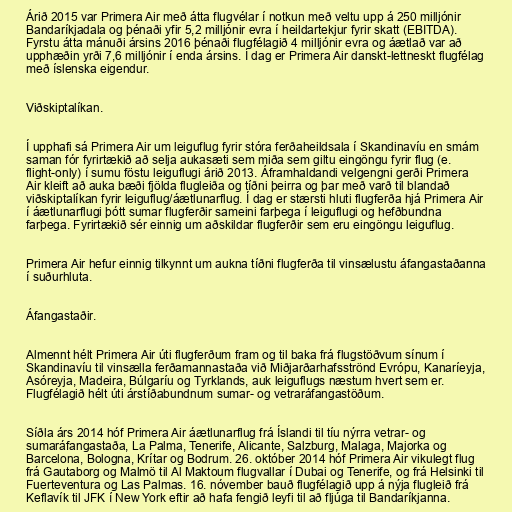
Árið 2015 var Primera Air með átta flugvélar í notkun með veltu upp á 250 milljónir
Bandaríkjadala og þénaði yfir 5,2 milljónir evra í heildartekjur fyrir skatt (EBITDA).
Fyrstu átta mánuði ársins 2016 þénaði flugfélagið 4 milljónir evra og áætlað var að
upphæðin yrði 7,6 milljónir í enda ársins. Í dag er Primera Air danskt-lettneskt flugfélag
með íslenska eigendur.

Viðskiptalíkan.

Í upphafi sá Primera Air um leiguflug fyrir stóra ferðaheildsala í Skandinavíu en smám
saman fór fyrirtækið að selja aukasæti sem miða sem giltu eingöngu fyrir flug (e.
flight-only) í sumu föstu leiguflugi árið 2013. Áframhaldandi velgengni gerði Primera
Air kleift að auka bæði fjölda flugleiða og tíðni þeirra og þar með varð til blandað
viðskiptalíkan fyrir leiguflug/áætlunarflug. Í dag er stærsti hluti flugferða hjá Primera Air
í áætlunarflugi þótt sumar flugferðir sameini farþega í leiguflugi og hefðbundna
farþega. Fyrirtækið sér einnig um aðskildar flugferðir sem eru eingöngu leiguflug.

Primera Air hefur einnig tilkynnt um aukna tíðni flugferða til vinsælustu áfangastaðanna
í suðurhluta.

Áfangastaðir.

Almennt hélt Primera Air úti flugferðum fram og til baka frá flugstöðvum sínum í
Skandinavíu til vinsælla ferðamannastaða við Miðjarðarhafsströnd Evrópu, Kanaríeyja,
Asóreyja, Madeira, Búlgaríu og Tyrklands, auk leiguflugs næstum hvert sem er.
Flugfélagið hélt úti árstíðabundnum sumar- og vetraráfangastöðum.

Síðla árs 2014 hóf Primera Air áætlunarflug frá Íslandi til tíu nýrra vetrar- og
sumaráfangastaða, La Palma, Tenerife, Alicante, Salzburg, Malaga, Majorka og
Barcelona, Bologna, Krítar og Bodrum. 26. október 2014 hóf Primera Air vikulegt flug
frá Gautaborg og Malmö til Al Maktoum flugvallar í Dubai og Tenerife, og frá Helsinki til
Fuerteventura og Las Palmas. 16. nóvember bauð flugfélagið upp á nýja flugleið frá
Keflavík til JFK í New York eftir að hafa fengið leyfi til að fljúga til Bandaríkjanna.